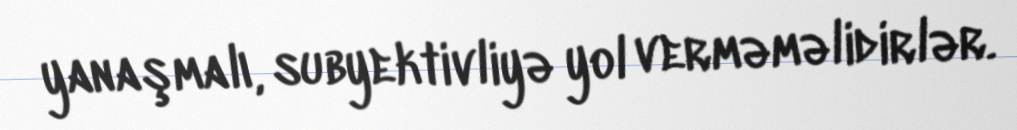
yanaşmalı, subyektivliyə yol verməməlidirlər.